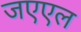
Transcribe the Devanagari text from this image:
जएएल